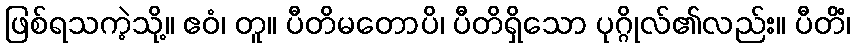
ဖြစ်ရသကဲ့သို့။ ဧဝံ၊ တူ။ ပီတိမတောပိ၊ ပီတိရှိသော ပုဂ္ဂိုလ်၏လည်း။ ပီတိံ၊